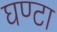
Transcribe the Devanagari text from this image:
घण्‍टा